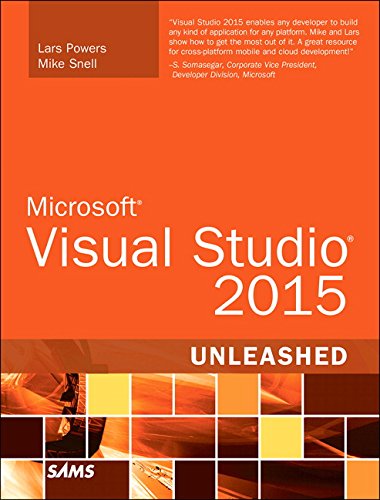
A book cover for Microsoft Visual Studio 2015 Unleashed (3rd Edition); Lars Powers; Computers & Technology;